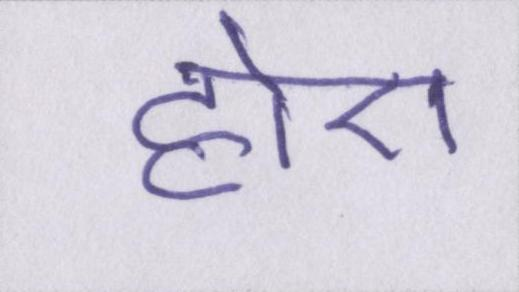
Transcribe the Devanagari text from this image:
होए